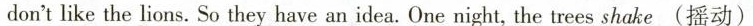
don't like the lions. So they have an idea. One right, the trees shake(摇动)